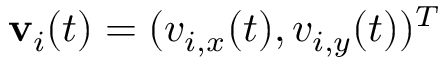
\mathbf v _ { i } ( t ) = ( v _ { i , x } ( t ) , v _ { i , y } ( t ) ) ^ { T }